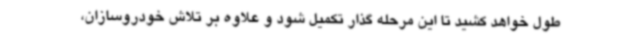
طول خواهد کشید تا این مرحله گذار تکمیل شود و علاوه بر تلاش خودروسازان،